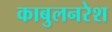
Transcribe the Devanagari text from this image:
काबुलनरेश